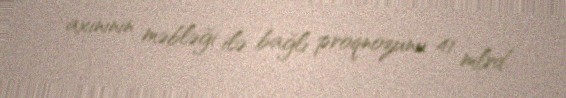
axınının məbləği ilə bağlı proqnozunu 41 mlrd.